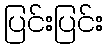
ပြင်းပြင်း